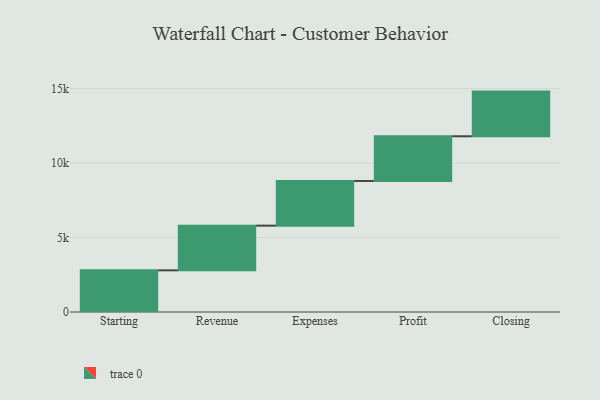
{"axis": {"x": "Step", "y": "Value"}, "legend": [""], "data": [{"x": "Starting", "y": 2797.0, "type": ""}, {"x": "Revenue", "y": 3000, "type": ""}, {"x": "Expenses", "y": 3000, "type": ""}, {"x": "Profit", "y": 3000, "type": ""}, {"x": "Closing", "y": 3000, "type": ""}]}